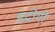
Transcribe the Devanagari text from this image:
हृद्रोगों